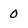
Character: 0